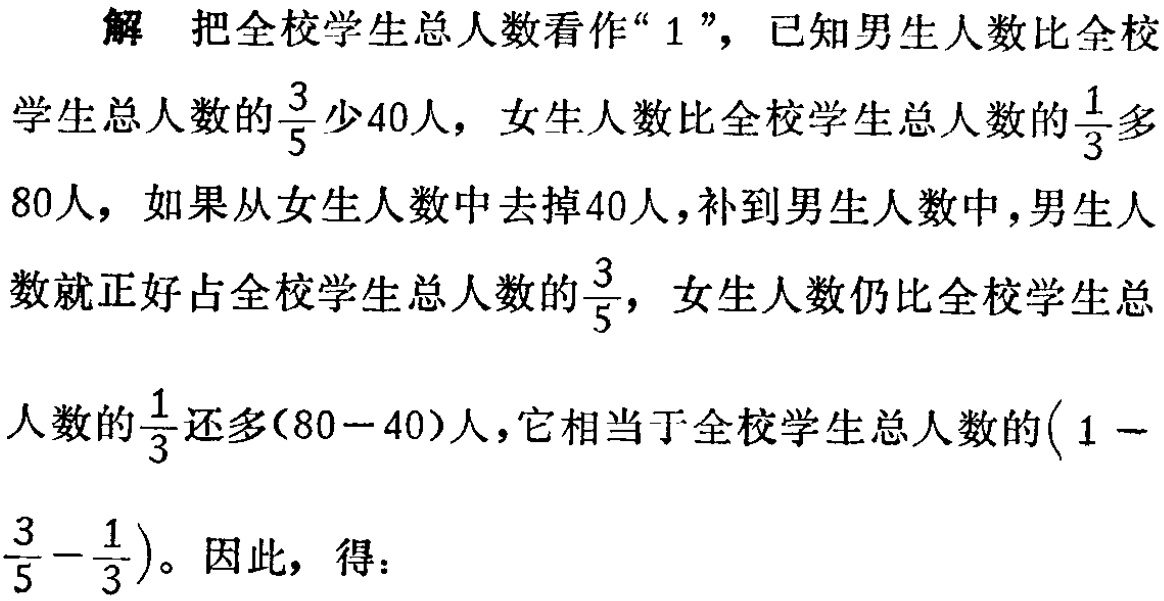
解 把全校学生总人数看作“$1$”，已知男生人数比全校

学生总人数的$\frac{3}{5}$少$40$人，女生人数比全校学生总人数的$\frac{1}{3}$多

$80$人，如果从女生人数中去掉$40$人，补到男生人数中，男生人

数就正好占全校学生总人数的$\frac{3}{5}$，女生人数仍比全校学生总

人数的$\frac{1}{3}$还多$(80 - 40)$人，它相当于全校学生总人数的$(1 -$

$\frac{3}{5}-\frac{1}{3})$。因此，得：